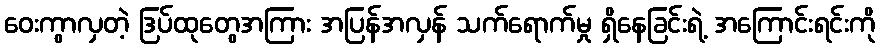
ဝေးကွာလှတဲ့ ဒြပ်ထုတွေအကြား အပြန်အလှန် သက်ရောက်မှု ရှိနေခြင်းရဲ့ အကြောင်းရင်းကို